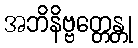
အဘိနိဗ္ဗတ္တေန္တု